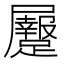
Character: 𪨡